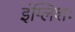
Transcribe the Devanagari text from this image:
इंग्लिशः